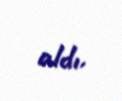
aldı.